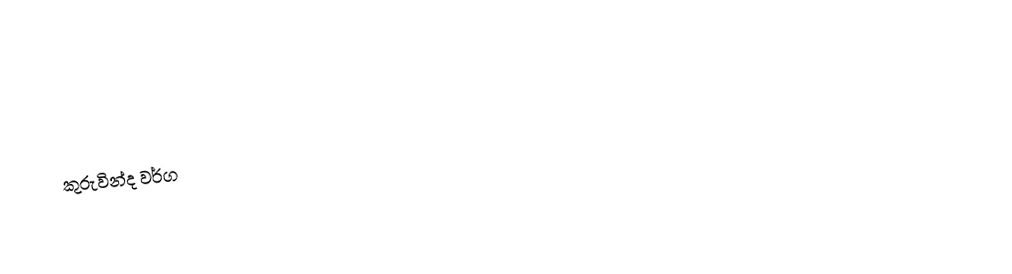
කුරුවින්ද වර්ග